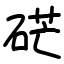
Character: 硭